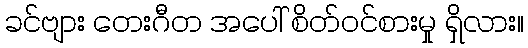
ခင်ဗျား တေးဂီတ အပေါ် စိတ်ဝင်စားမှု ရှိလား။